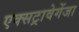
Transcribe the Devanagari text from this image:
एक्सट्रावेगेंजा